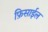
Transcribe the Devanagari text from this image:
फ़िसाईल